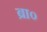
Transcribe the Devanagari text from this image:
ब्रा०